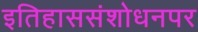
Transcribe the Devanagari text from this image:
इतिहाससंशोधनपर